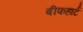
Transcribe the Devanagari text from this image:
बीफहार्ट